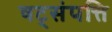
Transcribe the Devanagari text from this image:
षट्‌संपत्ति